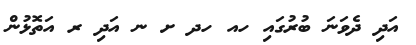
އަދި ދެވަނަ ބުރުގައި ހއ ހދ ށ ނ އަދި ރ އަތޮޅުން